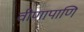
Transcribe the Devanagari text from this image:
वीणापाणि